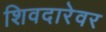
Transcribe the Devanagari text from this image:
शिवदारेवर